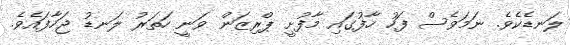
ލަނޑެކެވެ. ނަމަވެސް ފަހު ހާފުގައި މާފުށީ ޕްރިޒަން ވަނީ ހަތަރު ލަނޑު ޖަހާފައެވެ.